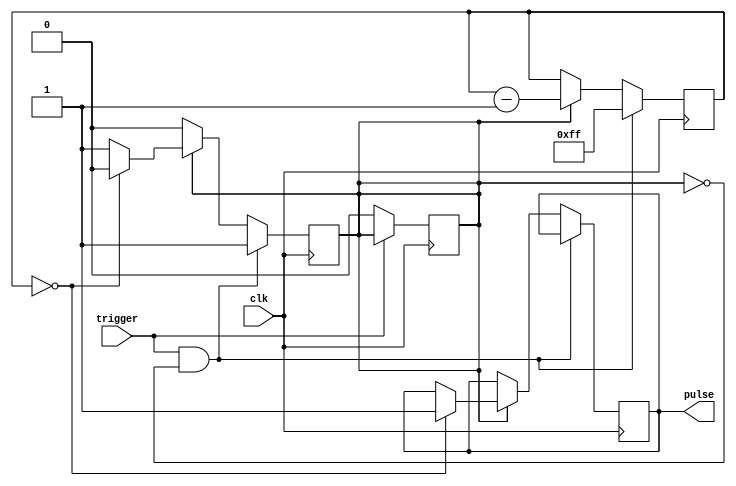
module one_shot_timer (
  input wire trigger,
  input wire clk,
  output reg pulse
);

reg [7:0] counter;
reg timer_running;

always @(posedge clk) begin
  if (trigger && !timer_running) begin
    counter <= 8'hFF; // Set the preset value
    timer_running <= 1'b1;
  end
  else if (timer_running) begin
    counter <= counter - 1;
    if (counter == 0) begin
      timer_running <= 1'b0;
      pulse <= 1'b1;
    end
  end
end

always @(posedge clk) begin
  if (!trigger) begin
    timer_running <= 1'b0;
  end
end

endmodule